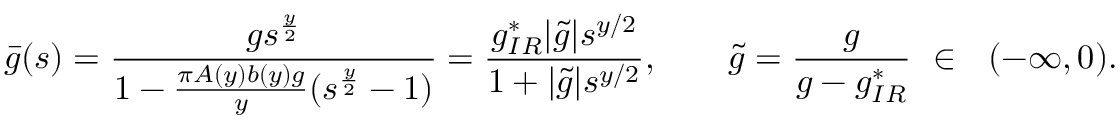
\bar { g } ( s ) = \frac { g s ^ { \frac { y } { 2 } } } { 1 - \frac { \pi A ( y ) b ( y ) g } { y } ( s ^ { \frac { y } { 2 } } - 1 ) } = \frac { g _ { I R } ^ { * } | \tilde { g } | s ^ { y / 2 } } { 1 + | \tilde { g } | s ^ { y / 2 } } , \ \ \ \ \ \ \tilde { g } = \frac { g } { g - g _ { I R } ^ { * } } \ \in \ \ ( - \infty , 0 ) .